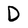
Character: D